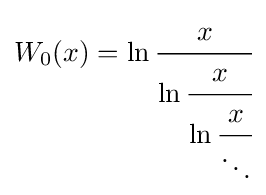
W_{0}(x)=\ln {\cfrac {x}{\ln {\cfrac {x}{\ln {\cfrac {x}{\ddots }}}}}}